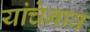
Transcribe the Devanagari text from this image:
यांचेनाव